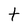
Character: t